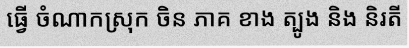
ធ្វើ ចំណាកស្រុក ចិន ភាគ ខាង ត្បូង និង និរតី